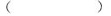
( )